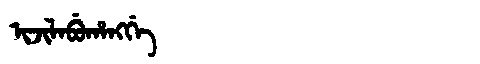
Manchu: ᡳᠵᡳᠯᠠᠪᡠᡥᠠᠩᡤᡝ
Romanization: IJILABUHANGGE